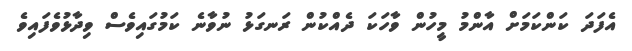
އެފަދަ ކަންކަމަށް އާންމު މީހުން ވާހަކަ ދެއްކުން ރަނގަޅު ނުވާނެ ކަމުގައިވެސް ވިދާޅުވެފައިވެ